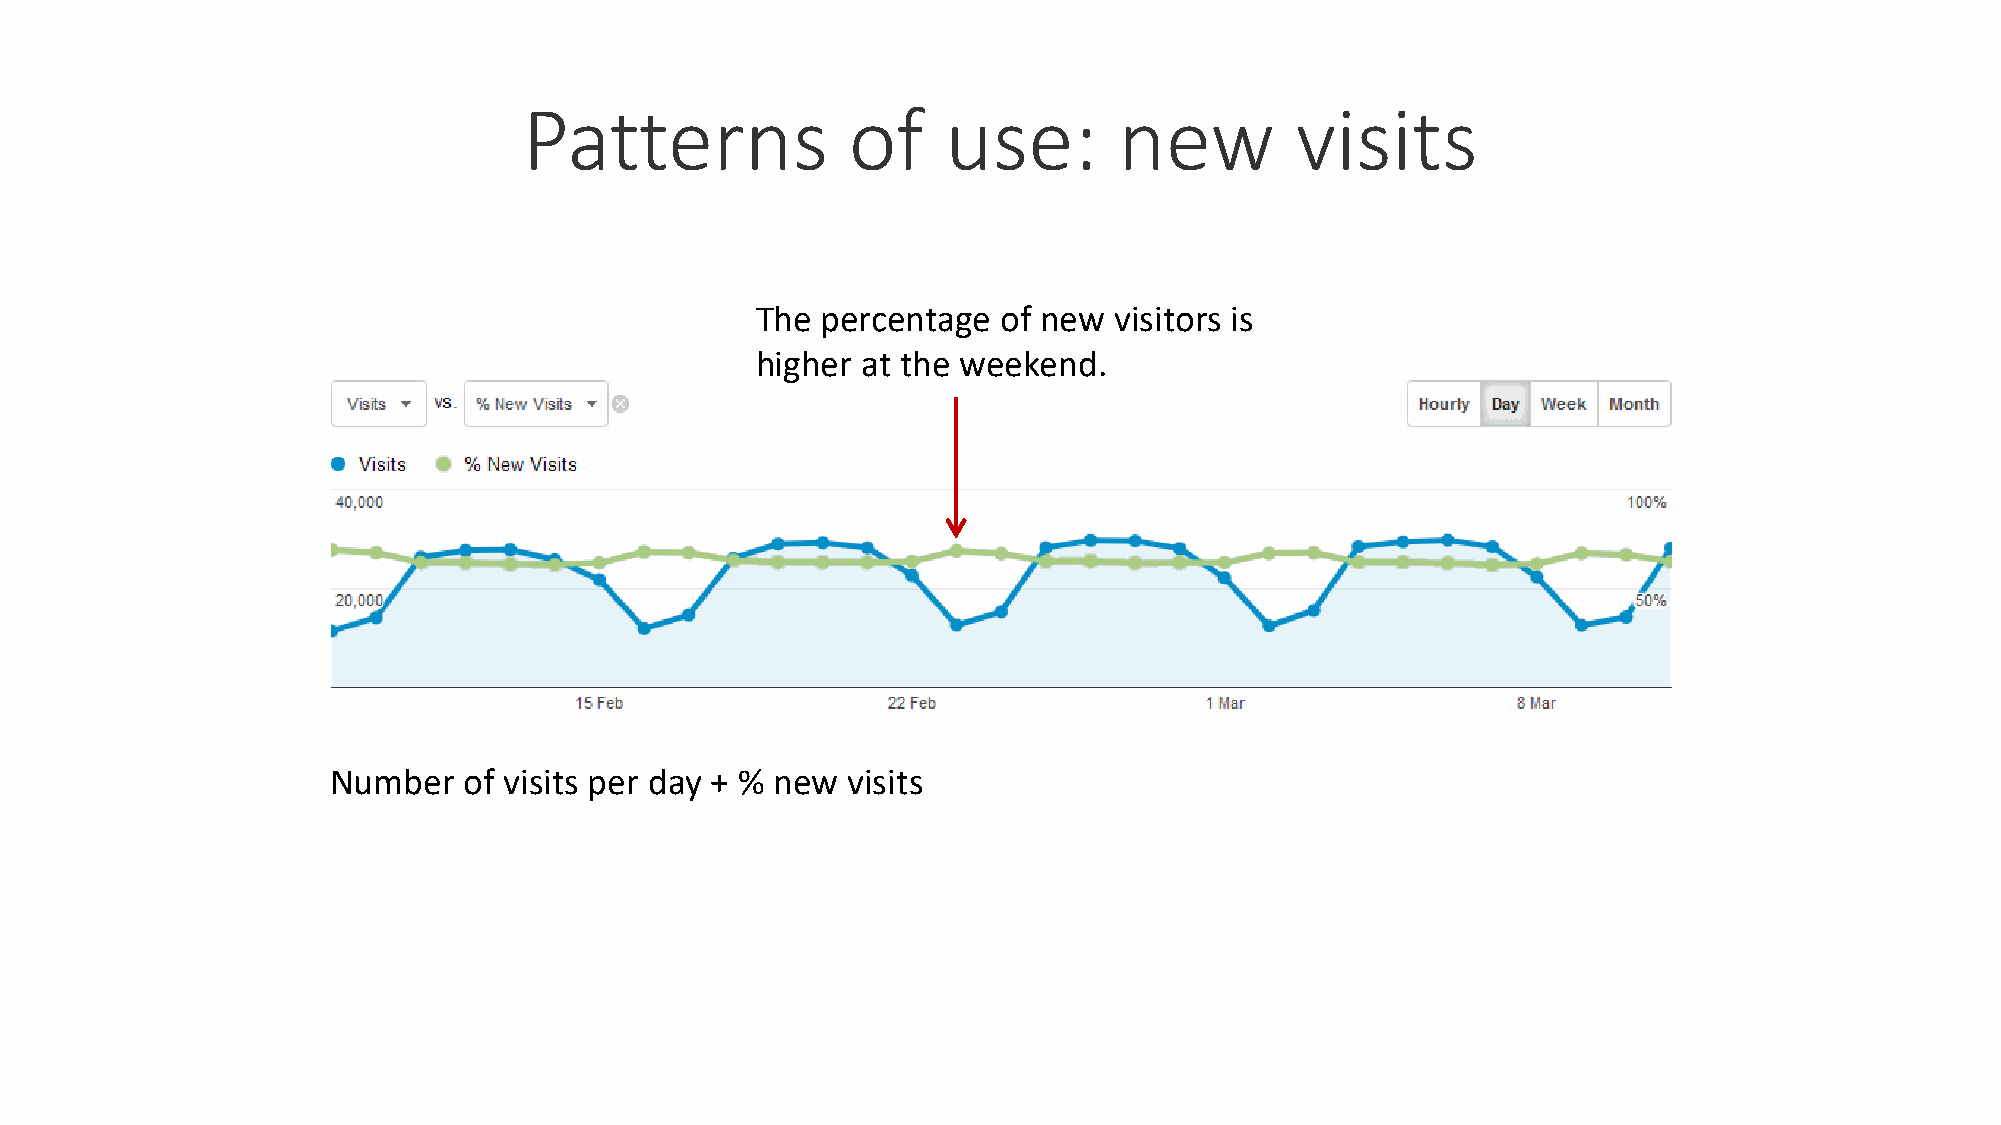
Patterns             of     use:       new         visits
 The percentage  of new  visitors is
 higher at the weekend.
 Number   of visits per day + % new visits